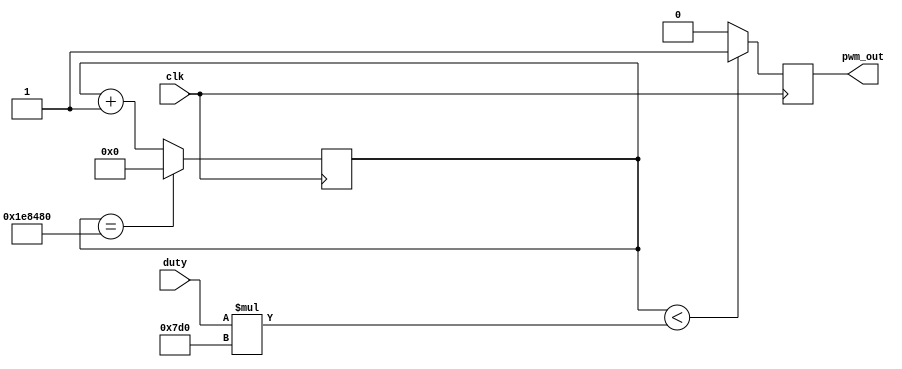
`timescale 1ns / 1ps
//////////////////////////////////////////////////////////////////////////////////
// Company: 
// Engineer: 
// 
// Design Name: 
// Module Name: pwm
// Project Name: 
// Target Devices: 
// Tool Versions: 
// Description: 
// 
// Dependencies: 
// 
// Revision:
// Revision 0.01 - File Created
// Additional Comments:
// 
//////////////////////////////////////////////////////////////////////////////////


module pwm(
    input clk,
    input [7:0]duty,   //0-100
    output reg pwm_out
    );
     //20ms0.5ms~2.5ms0~180
     reg [32:0]count=0;
     parameter T20MS=2000000,T20US=2000;   //20ms
     always@(posedge clk)
     begin
        count<=count+1;
        if(count==T20MS) count<=0;
        pwm_out=(count< (duty*T20US) )?1:0;  //pwm
     end
endmodule